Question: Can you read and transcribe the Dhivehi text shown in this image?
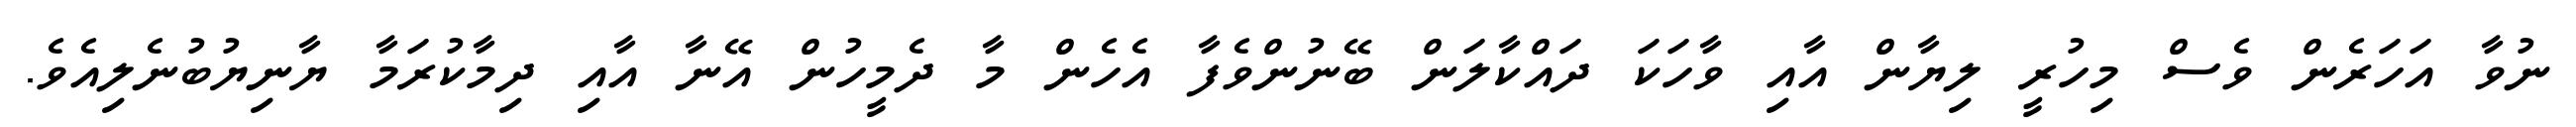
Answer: ނުވާ އަހަރެން ވެސް މިހުރީ ލިޔާން އާއި ވާހަކަ ދައްކާލަން ބޭނުންވެފާ އެހެން މާ ދެމީހުން އޭނާ އާއި ދިމާކުރަމާ ޔާނިޔުބުނެލިއެވެ.